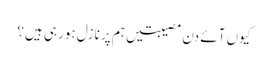
کیوں آئے دن مصیبتیں ہم پر نازل ہورہی ہیں؟